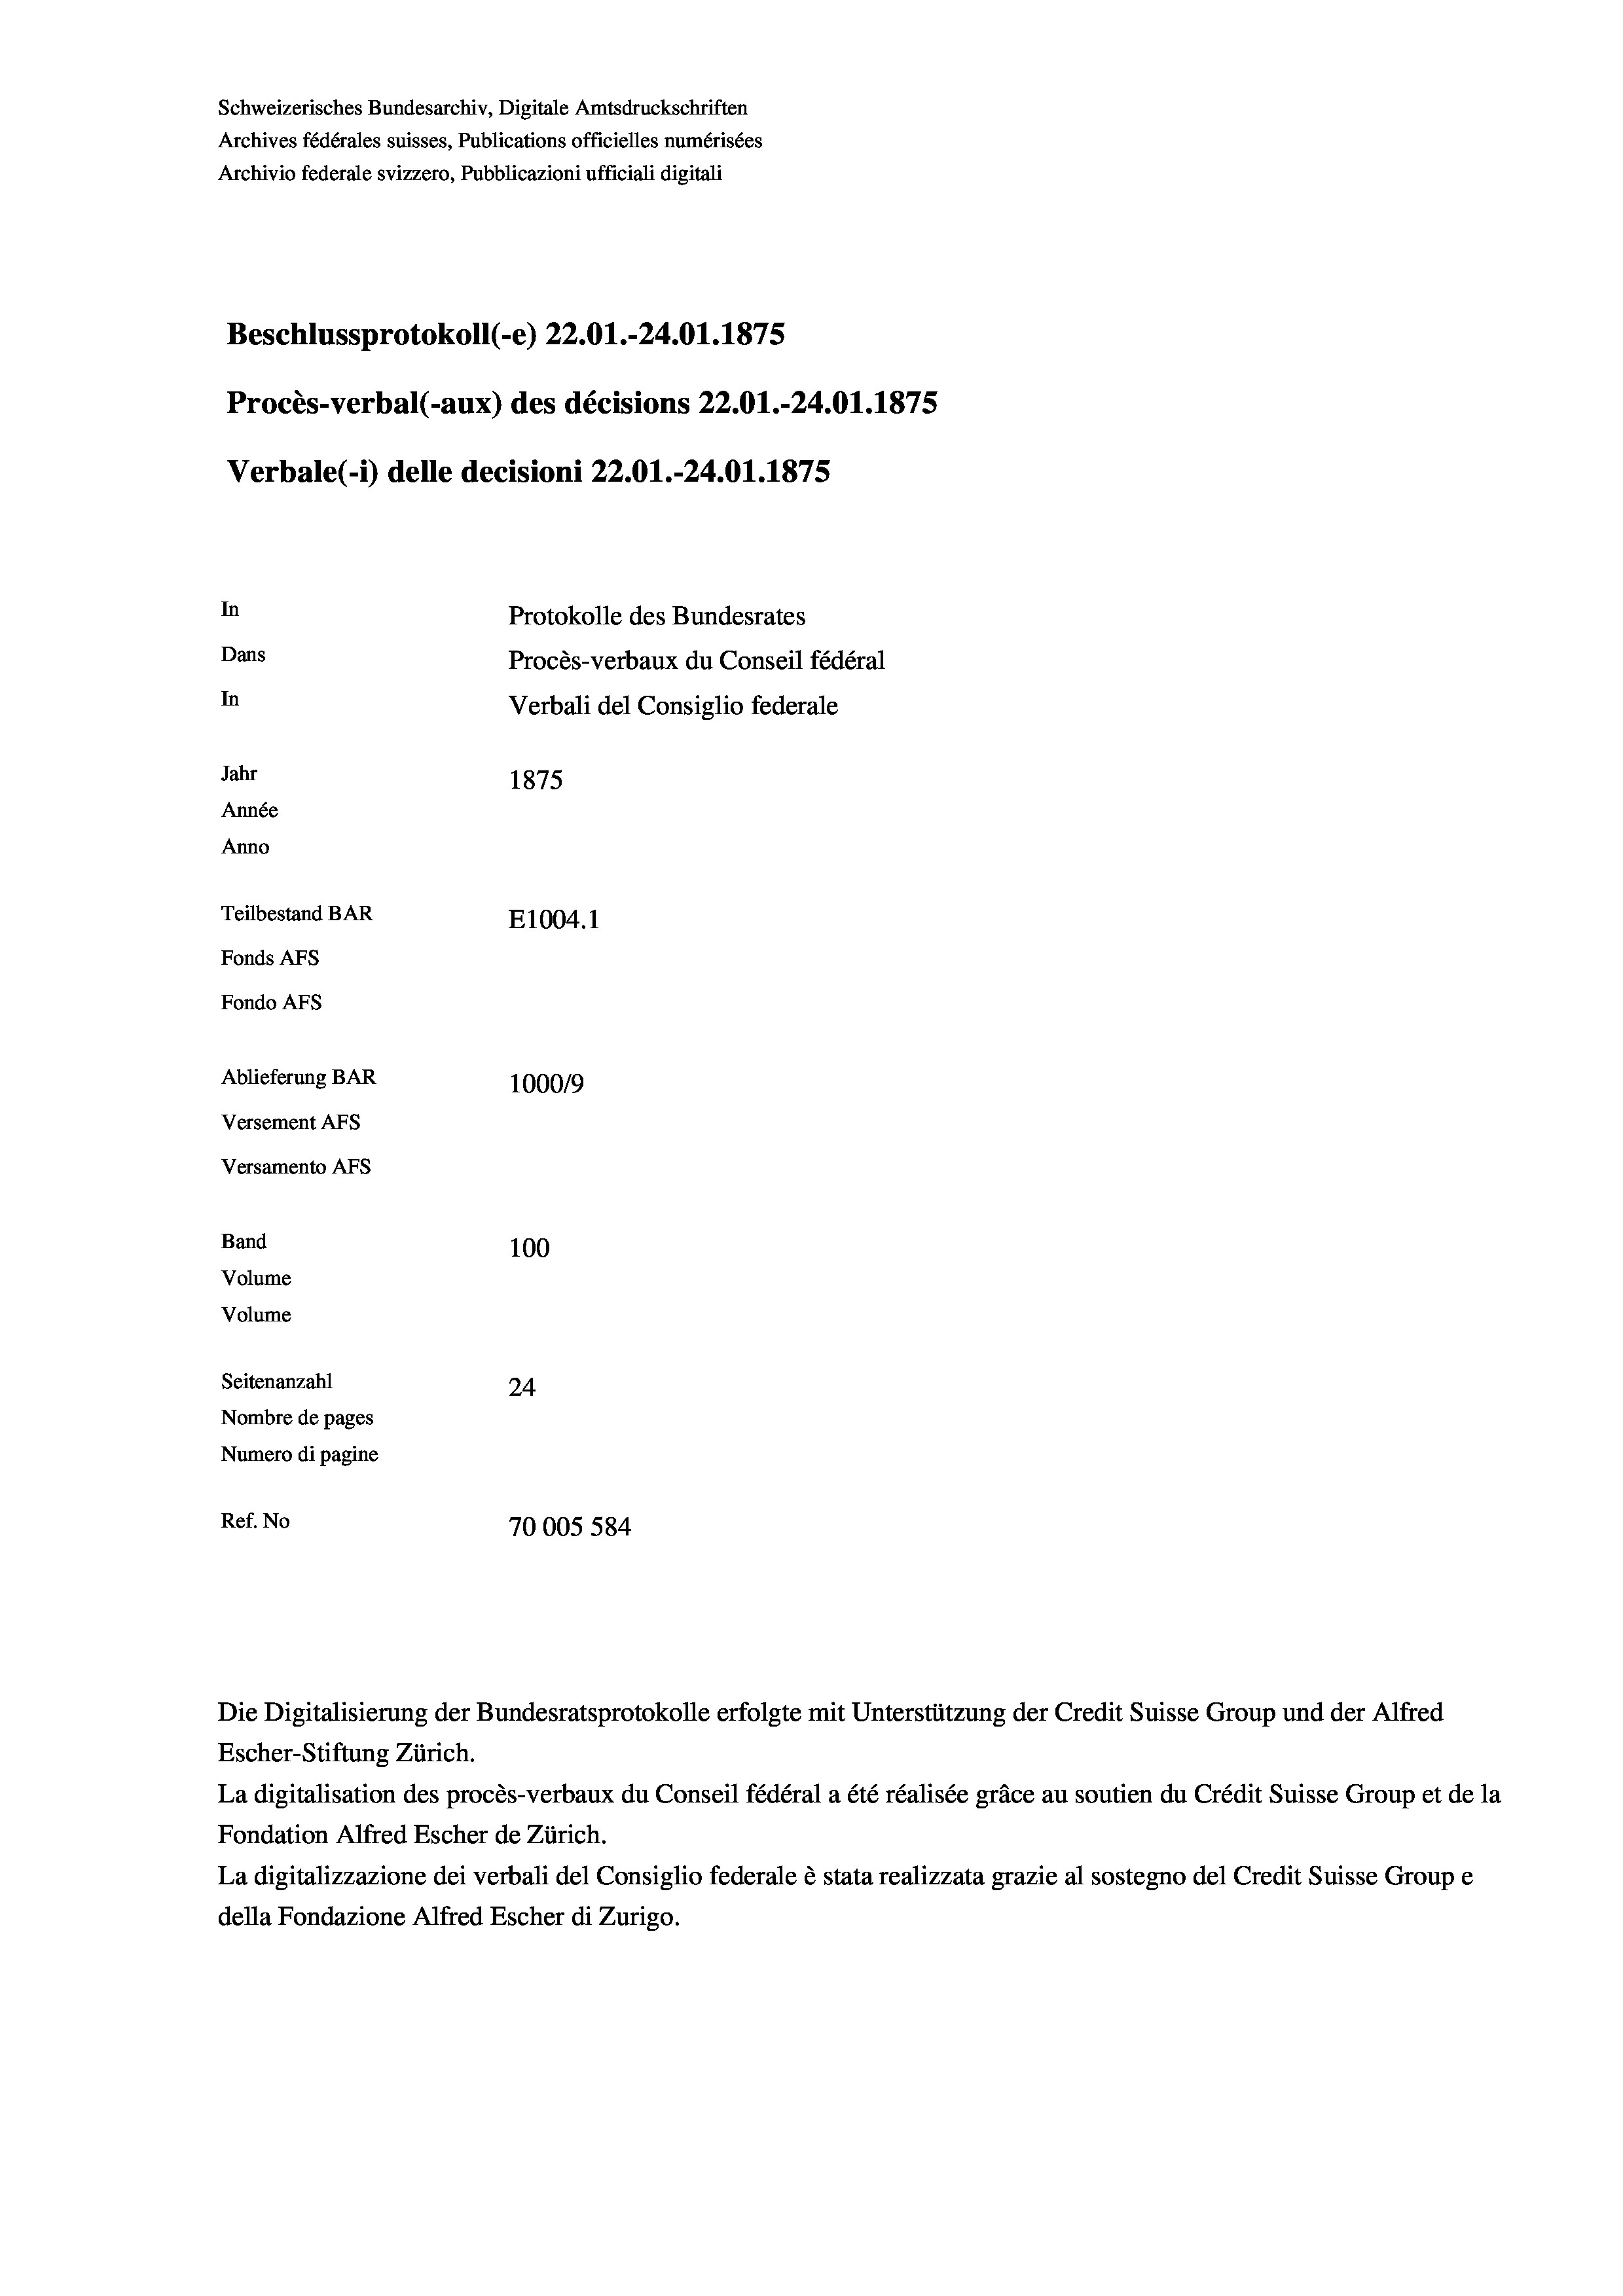
Schweizerisches Bundesarchiv, Digitale Amtsdruckschriften
Archives fédérales suisses, Publications officielles numérisées
Archivio federale svizzero, Pubblicazioni ufficiali digitali
Beschlussprotokoll (-e) 22.01.-24.01.1875
Procès-verbal (-aux) des décisions 22.01.-24.01. 1875
Verbale(*) delle decisioni 22.01.-24.01.1875
In
Protokolle des Bundesrates
Dans
Procès-verbaux du Conseil fédéral
In
Verbali del Consiglio federale
Jahr
1875
Année
Anno
Teilbestand BAR
E1004. 1
Fonds AFs
Fondo AFS
Ablieferung BAR
100019
Versement AFs
Versamento Afs
Band
100
Volume
Volume
Seitenanzahl
24
Nombre de pages
Numero di pagine
Ref. No
70005 584

Die Digitalisierung der Bundesratsprotokolle erfolgte mit Unterstützung der Credit Suisse Group und der Alfred
Escher-Stiftung Zürich.
La digitalisation des procès-verbaux du Conseil fédéral a été réalisée gräce au soutien du Crédit Suisse Group et de la
Fondation Alfred Escher de Zürich.
La digitalizzazione dei verbali del Consiglio federale è stata realizzata grazie al sostegno del Credit Suisse Groupe
della Fondazione Alfred Escher di Zurigo.